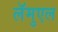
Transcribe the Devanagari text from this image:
लॅमुएल